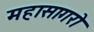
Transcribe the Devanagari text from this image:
महासागरो